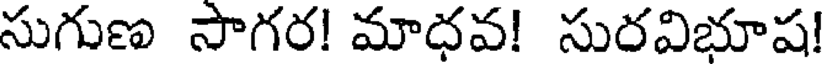
సుగుణ సాగర! మాధవ! సురవిభూష!